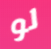
لو